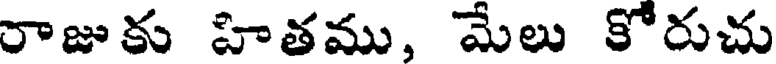
రాజుకు హితము, మేలు కోరుచు